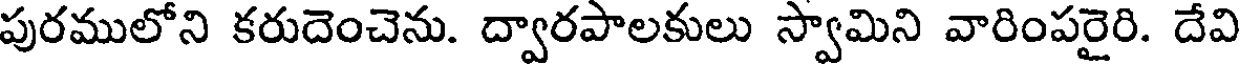
పురములోని కరుదెంచెను. ద్వారపాలకులు స్వామిని వారింపరైరి. దేవి